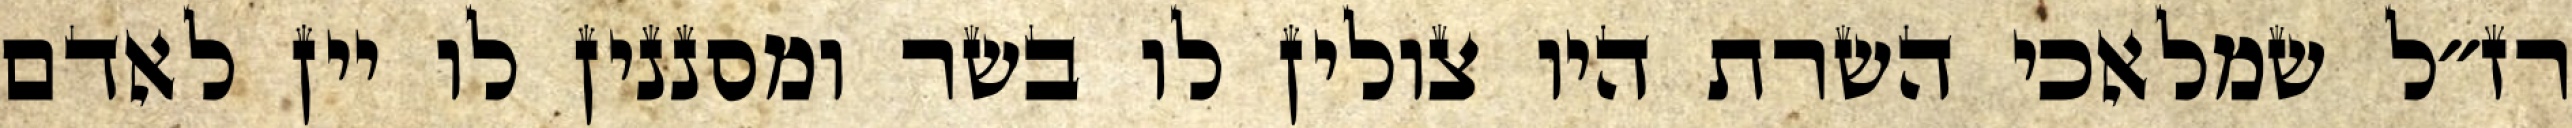
רז״ל שמלאכי השרת היו צולין לו בשר ומסננין לו יין לאדם